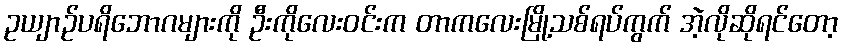
ဥယျာဉ်ပရိဘောဂများကို ဦးကိုလေးဝင်းက တာကလေးမြို့သစ်ရပ်ကွက် အဲ့လိုဆိုရင်တော့